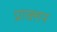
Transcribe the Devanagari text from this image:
प्राक्तन